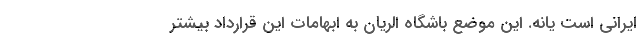
ایرانی است یانه. این موضع باشگاه الریان به ابهامات این قرارداد بیشتر